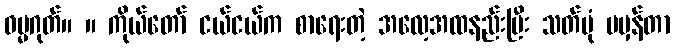
ဓမ္မဂုတ်။ ။ ကိုယ်တော် ငယ်ငယ်က စာရေးတဲ့ အလေ့အထနည်းပြီး သတ်ပုံ မမှန်တာ